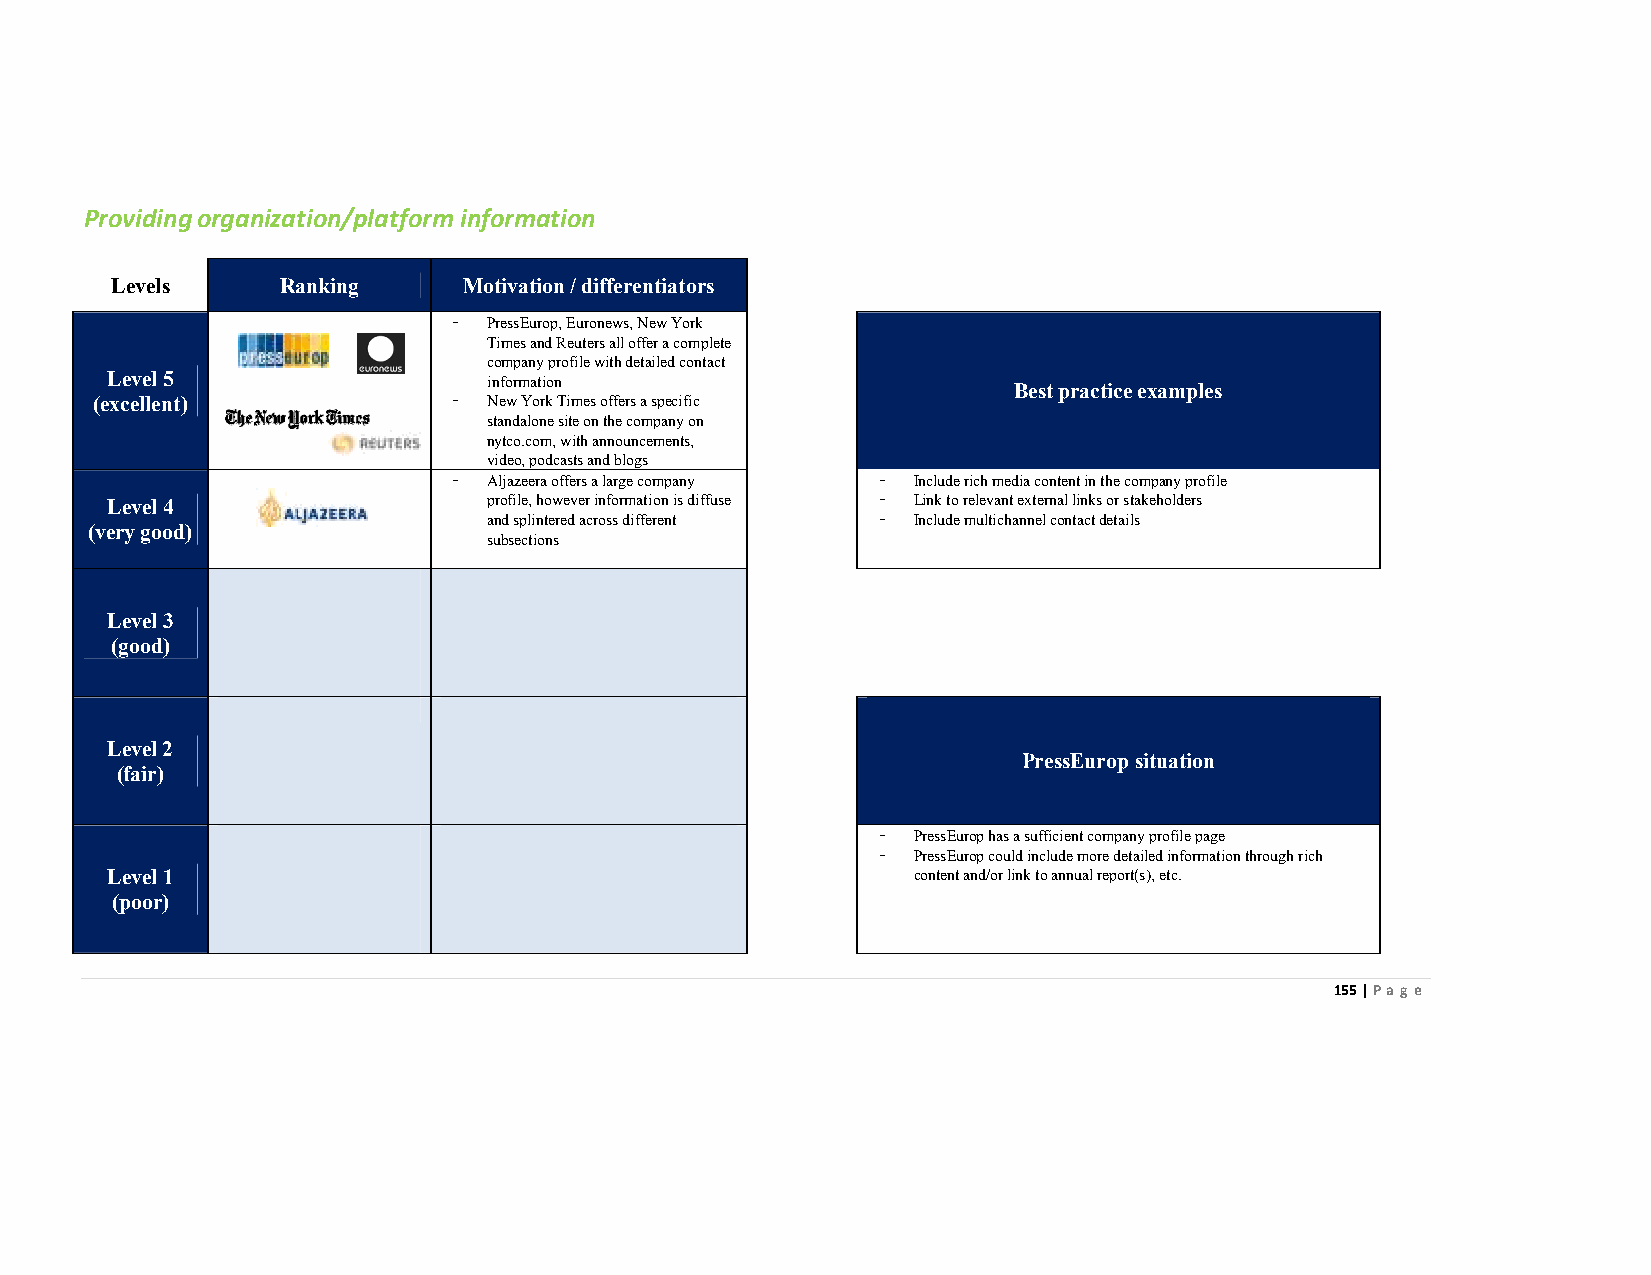
Providingorganization/platform information
 Levels      Ranking     Motivation / differentiators
 - PressEurop, Euronews, New York
 Times and Reuters all offer a complete
 company profile with detailed contact
 Level 5                  information
 Best practice examples
 (excellent)             - New York Times offers a specific
 standalone site on the company on
 nytco.com, with announcements,
 video, podcasts and blogs
 - Aljazeera offers a large company - Include rich media content in the company profile
 Level 4                  profile, however information is diffuse - Link to relevant external links or stakeholders
 and splintered across different - Include multichannel contact details
 (very good)
 subsections
 Level 3
 (good)
 Level 2
 PressEurop situation
 (fair)
 - PressEurop has a sufficient company profile page
 - PressEurop could include more detailed information through rich
 Level 1                                              content and/or link to annual report(s), etc.
 (poor)
 155 | Page